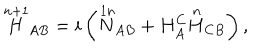
LaTeX: { \stackrel { n + 1 } { H } } _ { A B } = i \left( { \stackrel { 1 n } { N } } _ { A B } + H _ { A } ^ { C } { \stackrel { n } { H } } _ { C B } \right) ,